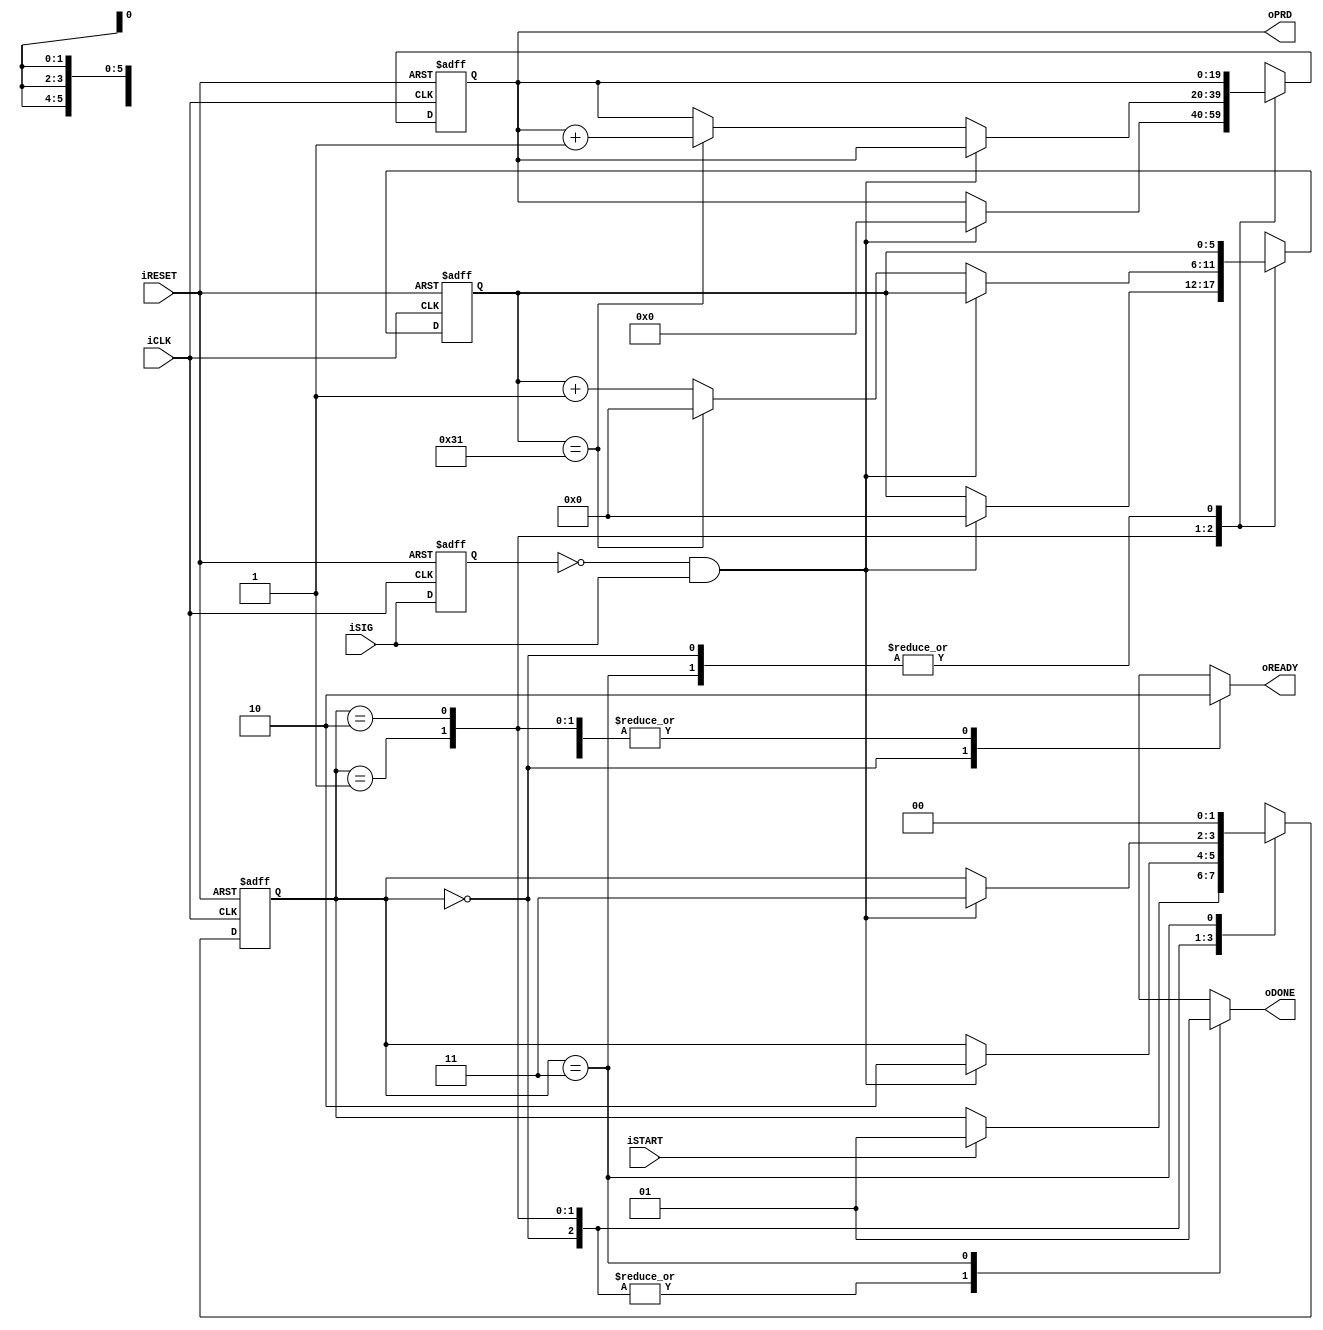
module period_counter
	(
		input wire iCLK, iRESET,
		input wire iSTART, iSIG,
		output reg oREADY, oDONE,
		output wire [19:0] oPRD
	);

	// symbolic state declaration
	localparam [1:0]
		idle = 2'b00,
		waite = 2'b01,
		count = 2'b10,
		done = 2'b11;
	
	// constant declaration
	localparam CLK_US_COUNT = 50;	// 1 us tick

	// signal declaration
	reg [1:0] state_reg, state_next;
	reg [5:0] t_reg, t_next;	// up to 50
	reg [19:0] p_reg, p_next;	// up to 1 sec
	reg delay_reg;
	wire edg;

	// body
	// FSMD state and data registers
	always @(posedge iCLK, posedge iRESET)
		if (iRESET)
			begin
				state_reg <= idle;
				t_reg <= 0;
				p_reg <= 0;
				delay_reg <= 0;
			end
		else
			begin
				state_reg <= state_next;
				t_reg <= t_next;
				p_reg <= p_next;
				delay_reg <= iSIG;
			end
	
	// rising edge tick
	assign edg = ~delay_reg & iSIG;

	// FSMD next-state logic
	always @*
	begin
		state_next = state_reg;
		oREADY = 1'b0;
		oDONE = 1'b0;
		p_next = p_reg;
		t_next = t_reg;
		case (state_reg)
			idle:
				begin
					oREADY = 1'b1;
					if (iSTART)
						state_next = waite;
				end
			waite:	// wait for the first edge
				if (edg)
					begin
						state_next = count;
						t_next = 0;
						p_next = 0;
					end
			count:
				if (edg)	// 2nd edge arrived
					state_next = done;
				else		// otherwise count
					if (t_reg == CLK_US_COUNT - 1)	// 1 us tick
						begin
							t_next = 0;
							p_next = p_reg + 1;
						end
					else
						t_next = t_reg + 1;
			done:
				begin
					oDONE = 1'b1;
					state_next = idle;
				end
			default: state_next = idle;
		endcase
	end

	// output
	assign oPRD = p_reg;
endmodule